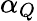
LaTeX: \alpha_{Q}